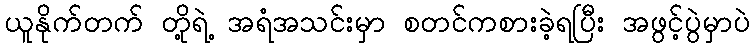
ယူနိုက်တက် တို့ရဲ့ အရံအသင်းမှာ စတင်ကစားခဲ့ရပြီး အဖွင့်ပွဲမှာပဲ